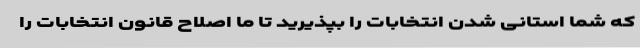
که شما استانی شدن انتخابات را بپذیرید تا ما اصلاح قانون انتخابات را